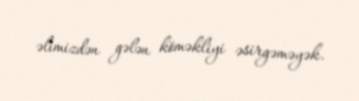
əlimizdən gələn köməkliyi əsirgəməyək.